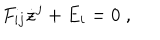
F _ { i j } \dot { z } ^ { j } + E _ { i } = 0 \; ,